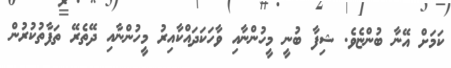
ކަަމަށް އޭނާ ބުންޏެވެ. ޝިފާ ބުނީ މީހުންނާއި ވާހަކަދައްކާއިރު މީހުންނާއި ދޭތެރޭ ތަފާތުކުރުން